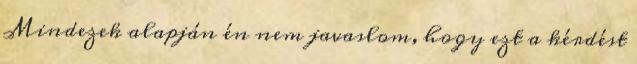
Mindezek alapján én nem javaslom, hogy ezt a kérdést